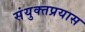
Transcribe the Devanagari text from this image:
संयुक्तप्रयास